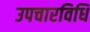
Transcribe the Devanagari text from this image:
उपचारविधि